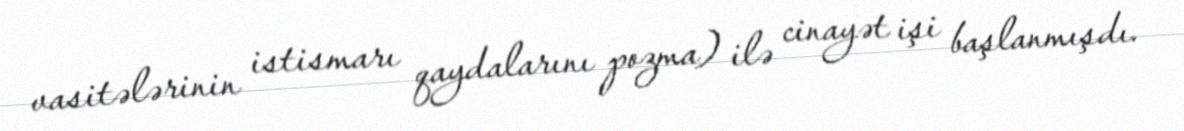
vasitələrinin istismarı qaydalarını pozma) ilə cinayət işi başlanmışdı.